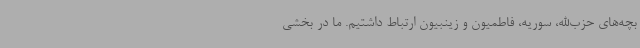
بچه‌های حزب‌الله، سوریه، فاطمیون و زینبیون ارتباط داشتیم. ما در بخشی